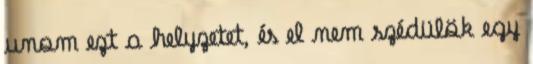
unom ezt a helyzetet, és el nem szédülök egy